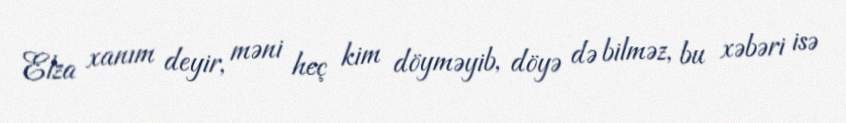
Elza xanım deyir, məni heç kim döyməyib, döyə də bilməz, bu xəbəri isə